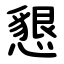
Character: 懇